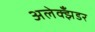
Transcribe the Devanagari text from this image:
अलेक्झँडर